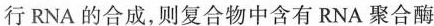
行RNA的合成，则复合物中含有RNA聚合酶